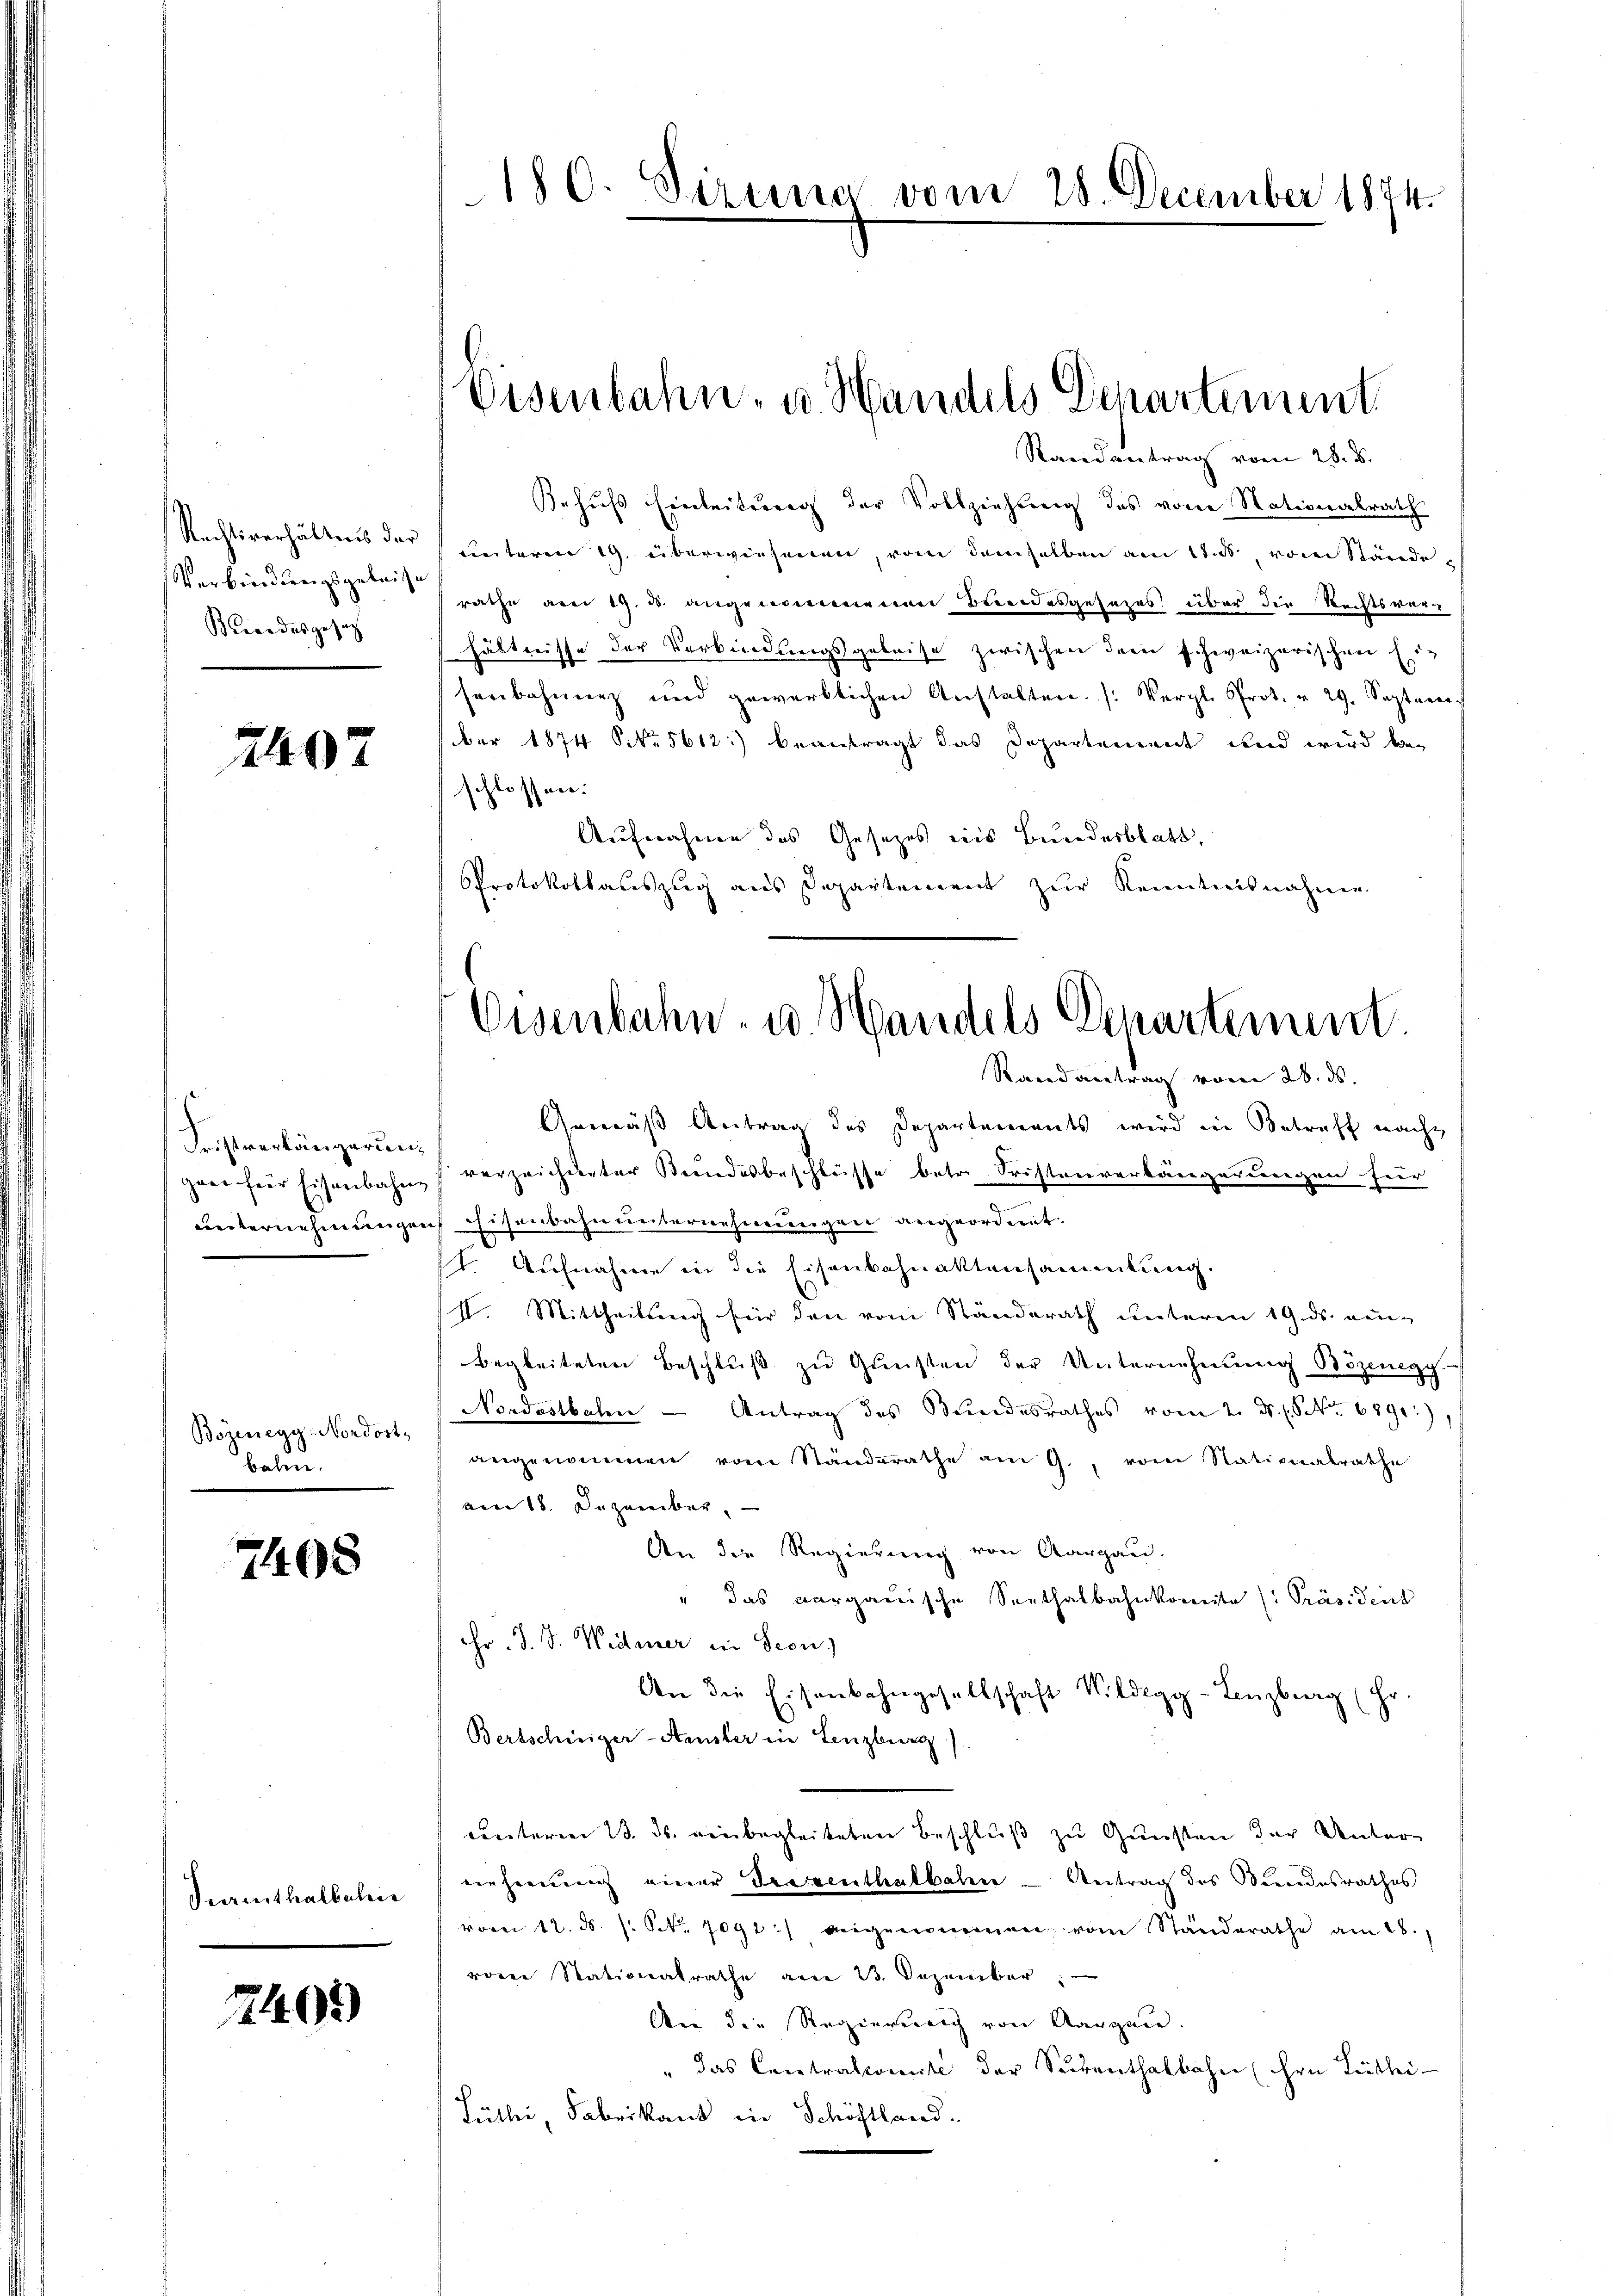
Rechtsverhältnis der
Verbindungsgeleise
Berordes gesetz

2407

Fristverlängerung
ganz für Eisenbahnunternehmungen

Bozenegg, Nordost
balen.

7408

Serenthalbelie

2405

180. Sizina vom 28. December 1874.

Eisenbahn- u. Handels Departement

Eisenbahn- u Handels Departement.

Randantrag vom 28. d.
Behufs Einleitung der Vollziehung des vom Nationalrath
unteren 19. überwiesenen, von demselben am 18. ds vom Stände
rathe am 19. d. angenommenen Bundesgesezes über die Rechtsverhältnisse der Verbindungsgebeise zwischen dem schweizerischen Eig
serbahnung und gewerblichen Anstalten. (Vergl. Prot. u. 29. Septem
ber 1874 NNo. 5612:) beantragt das Departement und wird beschlossen:
Aufnahme des Gesetzes ins Bundesblatt,
Protokollateszug aus Departement zur Kenntnisnahmen.
Randantrag vom 28. ds.
Gemäß Antrag des Departements wird in Betreff nachz
verzeichneter Keindesbeschlüsse betr. Fristenverbaugerungen für
Eisenbahn unternehmungen angeordnet:
t. Aufnahme in die Eisenbahnaktensammlung.
II. Mittheilung für den vom Standerath unteren 19. ds. neu-
begleiteten Beschluß zu Gunsten der Unternehmung Bözenegy.
Nordostbahn - Antrag des Bundesrathes vom 2. ds. (S. 6890:),
angenommen vom Standerathe am 9. vom Nationalrathe
vom 18. Du zureiber.
An die Regierung von Aargau.
" das Aargauische Seethalbahnkomite Präsident
Hr. J. J. Widerer in Seon.)
An die Eisenbahngesellschaft Wildegg-Lenzburg (Hr.
Bertschinger-Arnster in Lenzburg
cretarien 13. ds. einbegleiteten Beschluß zu Gunsten der Untere
einheerung einer Seegenthalbahne - Antrag des Bundesrathes
vom 12. ds. s. S. 7092) beigenommen vom Standerathe am 28.
von Stationalrathe am 23. Dezember
Aen die Regierung von Aargau.
" das Contralcomite der Subenthalbahn (ihrn Luthei
Füther, Fabrikant in Schöftland.